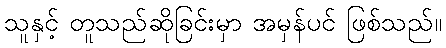
သူနှင့် တူသည်ဆိုခြင်းမှာ အမှန်ပင် ဖြစ်သည်။